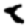
Digit: 8